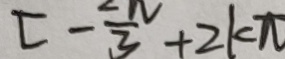
[ - \frac { 2 \pi } { 3 } + 2 k \pi